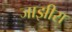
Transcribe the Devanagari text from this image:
जाझीरा